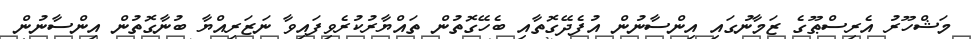
މަޝްހޫރު އެރިސްޠޫގެ ޒަމާނުގައި އިންސާނުން އުފެދޭގޮތާއި ބެހޭގޮތުން ތައްޔާރުކުރެވިފައިވާ ނަޒަރިއްޔާ ބުނާގޮތުން އިންސާނުން